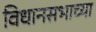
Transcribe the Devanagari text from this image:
विधानसभाच्या